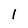
Character: l